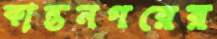
কান্তনগরের